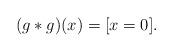
LaTeX: \begin{align*}(g*g)(x) = [x = 0].\end{align*}